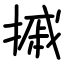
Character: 摵